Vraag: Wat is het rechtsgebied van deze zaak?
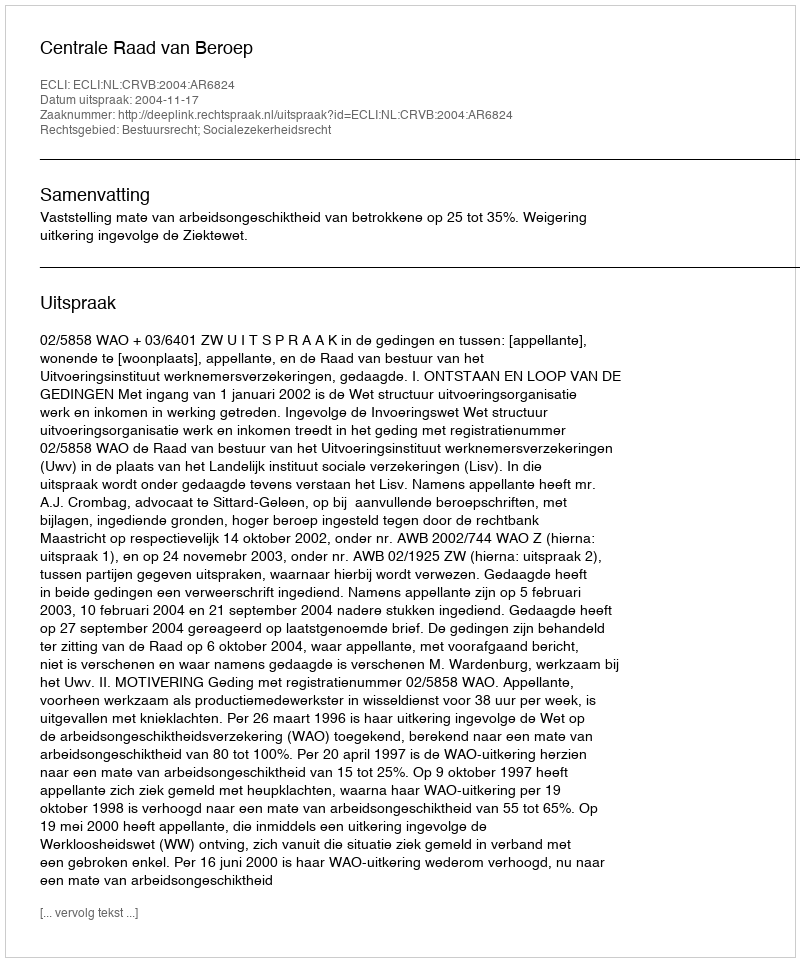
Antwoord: Bestuursrecht; Socialezekerheidsrecht